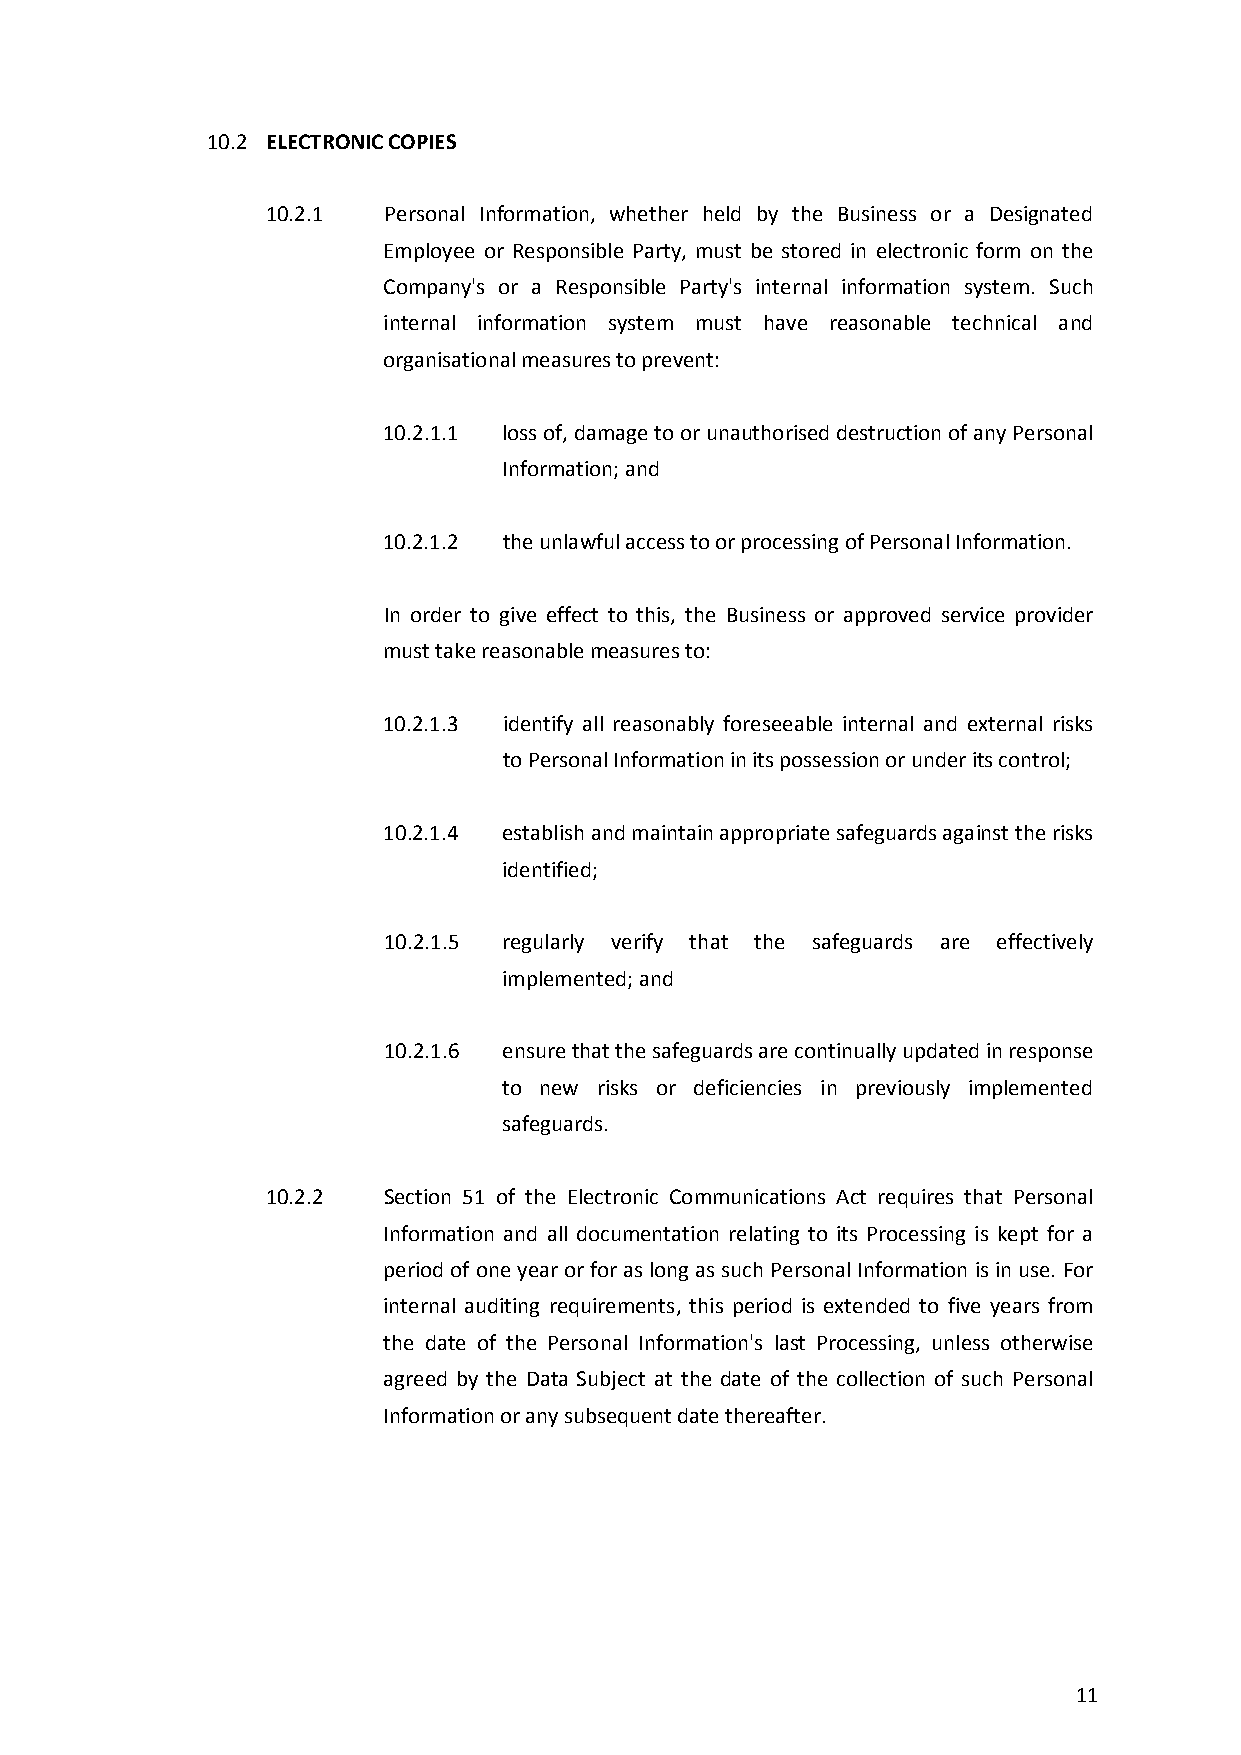
10.2 ELECTRONIC COPIES
 10.2.1 Personal Information, whether held by the Business or a Designated
 Employee or Responsible Party, must be stored in electronic form on the
 Company's or a Responsible Party's internal information system. Such
 internal information system must have reasonable technical and
 organisational measures to prevent:
 10.2.1.1 loss of, damage to or unauthorised destruction of any Personal
 Information; and
 10.2.1.2 the unlawful access to or processing of Personal Information.
 In order to give effect to this, the Business or approved service provider
 must take reasonable measures to:
 10.2.1.3 identify all reasonably foreseeable internal and external risks
 to Personal Information in its possession or under its control;
 10.2.1.4 establish and maintain appropriate safeguards against the risks
 identified;
 10.2.1.5 regularly verify that the safeguards are effectively
 implemented; and
 10.2.1.6 ensure that the safeguards are continually updated in response
 to new risks or deficiencies in previously implemented
 safeguards.
 10.2.2 Section 51 of the Electronic Communications Act requires that Personal
 Information and all documentation relating to its Processing is kept for a
 period of one year or for as long as such Personal Information is in use. For
 internal auditing requirements, this period is extended to five years from
 the date of the Personal Information's last Processing, unless otherwise
 agreed by the Data Subject at the date of the collection of such Personal
 Information or any subsequent date thereafter.
 11